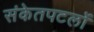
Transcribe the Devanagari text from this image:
संकेतपटलों